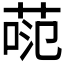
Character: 𫈕